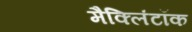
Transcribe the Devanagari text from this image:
मैक्लिंटॉक